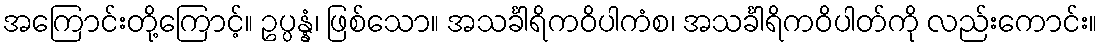
အကြောင်းတို့ကြောင့်။ ဥပ္ပန္နံ၊ ဖြစ်သော။ အသင်္ခါရိကဝိပါကံစ၊ အသင်္ခါရိကဝိပါတ်ကို လည်းကောင်း။